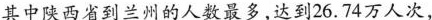
其中陕西省到兰州的人数最多，达到26.74万人次，